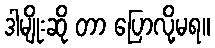
ဒါမျိုးဆို တာ ပြောလို့မရ။